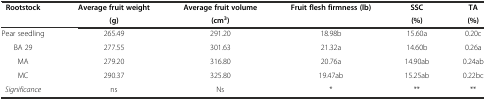
| Rootstock | Average fruit weight | Average fruit volume | Fruit flesh firmness (lb) | SSC | TA |
 |  | (g) | (cm3) |  | (%) | (%) |
 | --- | --- | --- | --- | --- | --- |
 | Pear seedling | 265.49 | 291.20 | 18.98b | 15.60a | 0.20c |
 | BA 29 | 277.55 | 301.63 | 21.32a | 14.60b | 0.26a |
 | MA | 279.20 | 316.80 | 20.76a | 14.90ab | 0.24ab |
 | MC | 290.37 | 325.80 | 19.47ab | 15.25ab | 0.22bc |
 | Significance | ns | Ns | * | ** | ** |